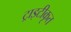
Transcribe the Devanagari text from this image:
ट्राइटीकृत